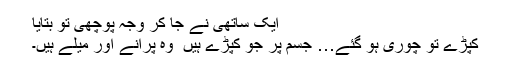
ایک ساتھی نے جا کر وجہ پوچھی تو بتایا
کپڑے تو چوری ہو گئے… جسم پر جو کپڑے ہیں ٗ وہ پرانے اور میلے ہیں۔